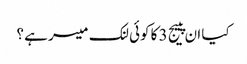
کیا ان پییج 3 کا کوئی لنک میسر ہے ؟